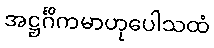
အဋ္ဌင်္ဂိကမာဟုပေါသထံ